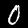
Digit: 0